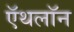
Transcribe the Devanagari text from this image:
ऍथलॉन